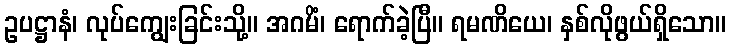
ဥပဋ္ဌာနံ၊ လုပ်ကျွေးခြင်းသို့။ အဂမိံ၊ ရောက်ခဲ့ပြီ။ ရမဏိယေ၊ နှစ်လိုဖွယ်ရှိသော။